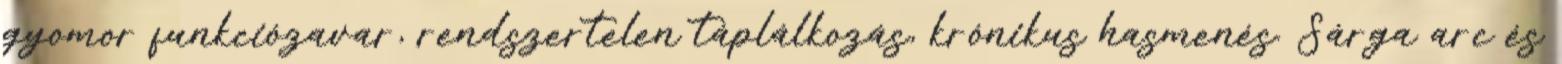
gyomor funkciózavar, rendszertelen táplálkozás, krónikus hasmenés. Sárga arc és